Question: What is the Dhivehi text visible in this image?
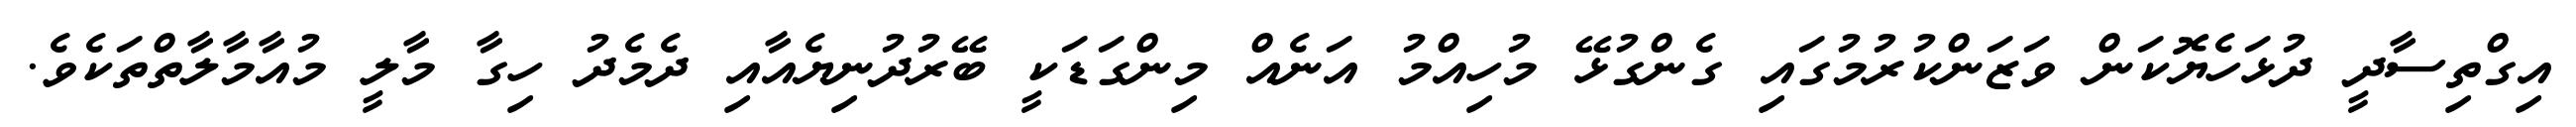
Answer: އިގްތިސާދީ ދުޅަހެޔޮކަން ވަޒަންކުރުމުގައި ގެންގުޅޭ މުހިއްމު އަނެއް މިންގަޑަކީ ބޭރުދުނިޔެއާއި ދެމެދު ހިގާ މާލީ މުއާމާލާތްތަކެވެ.